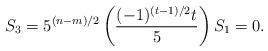
LaTeX: \begin{align*}S_3=5^{(n-m)/2} \left( \frac{(-1)^{(t-1)/2}t}{5} \right) S_1 =0.\end{align*}